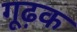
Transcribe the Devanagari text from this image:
गूढ़क